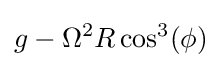
g-\Omega ^{2}R\cos ^{3}(\phi )